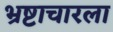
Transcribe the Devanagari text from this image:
भ्रष्टाचारला